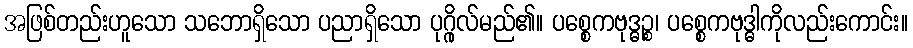
အဖြစ်တည်းဟူသော သဘောရှိသော ပညာရှိသော ပုဂ္ဂိုလ်မည်၏။ ပစ္စေကဗုဒ္ဓဉ္စ၊ ပစ္စေကဗုဒ္ဓါကိုလည်းကောင်း။